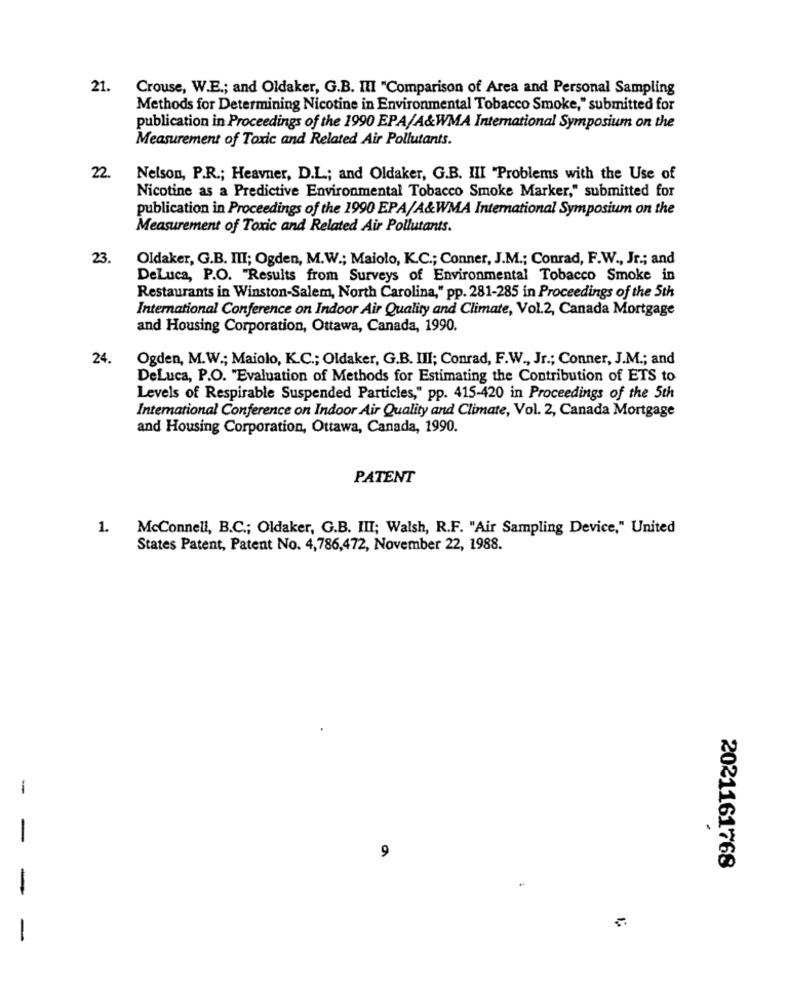
21.
Crouse, W.E .; and Oldaker, G.B. III "Comparison of Area and Personal Sampling
Methods for Determining Nicotine in Environmental Tobacco Smoke," submitted for
publication in Proceedings of the 1990 EPA/A&WMA International Symposium on the
Measurement of Toxic and Related Air Pollutants.
22.
Nelson, P.R .; Heavner, D.L .; and Oldaker, G.B. III "Problems with the Use of
Nicotine as a Predictive Environmental Tobacco Smoke Marker," submitted for
publication in Proceedings of the 1990 EPA/A&WMA International Symposium on the
Measurement of Toxic and Related Air Pollutants.
23.
Oldaker, G.B. III; Ogden, M.W .; Maiolo, K.C .; Conner, J.M .; Conrad, F.W ., Jr .; and
DeLuca, P.O. "Results from Surveys of Environmental Tobacco Smoke in
Restaurants in Winston-Salem, North Carolina," pp. 281-285 in Proceedings of the 5th
International Conference on Indoor Air Quality and Climate, Vol.2, Canada Mortgage
and Housing Corporation, Ottawa, Canada, 1990.
24.
Ogden, M.W .; Maiolo, K.C .; Oldaker, G.B. III; Conrad, F.W ., Jr .; Conner, J.M .; and
DeLuca, P.O. "Evaluation of Methods for Estimating the Contribution of ETS to
Levels of Respirable Suspended Particles," pp. 415-420 in Proceedings of the 5th
International Conference on Indoor Air Quality and Climate, Vol. 2, Canada Mortgage
and Housing Corporation, Ottawa, Canada, 1990.
PATENT
1.
McConnell, B.C .; Oldaker, G.B. III; Walsh, R.F. "Air Sampling Device," United
States Patent, Patent No. 4,786,472, November 22, 1988.
-
-
9
2021161768
-